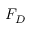
F _ { D }